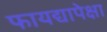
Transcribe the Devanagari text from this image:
फायद्यापेक्षा